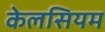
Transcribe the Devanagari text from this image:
केलसियम